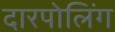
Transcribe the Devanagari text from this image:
दारपोलिंग